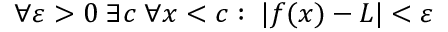
\forall \varepsilon > 0 \; \exists c \; \forall x < c : \; | f ( x ) - L | < \varepsilon